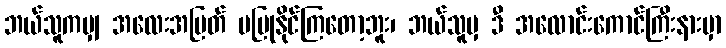
ဘယ်သူကမျှ အလေးအမြတ် မပြုနိုင်ကြတော့ဘူး၊ ဘယ်သူမှ ဒီ အလောင်းကောင်ကြီးနားမှာ